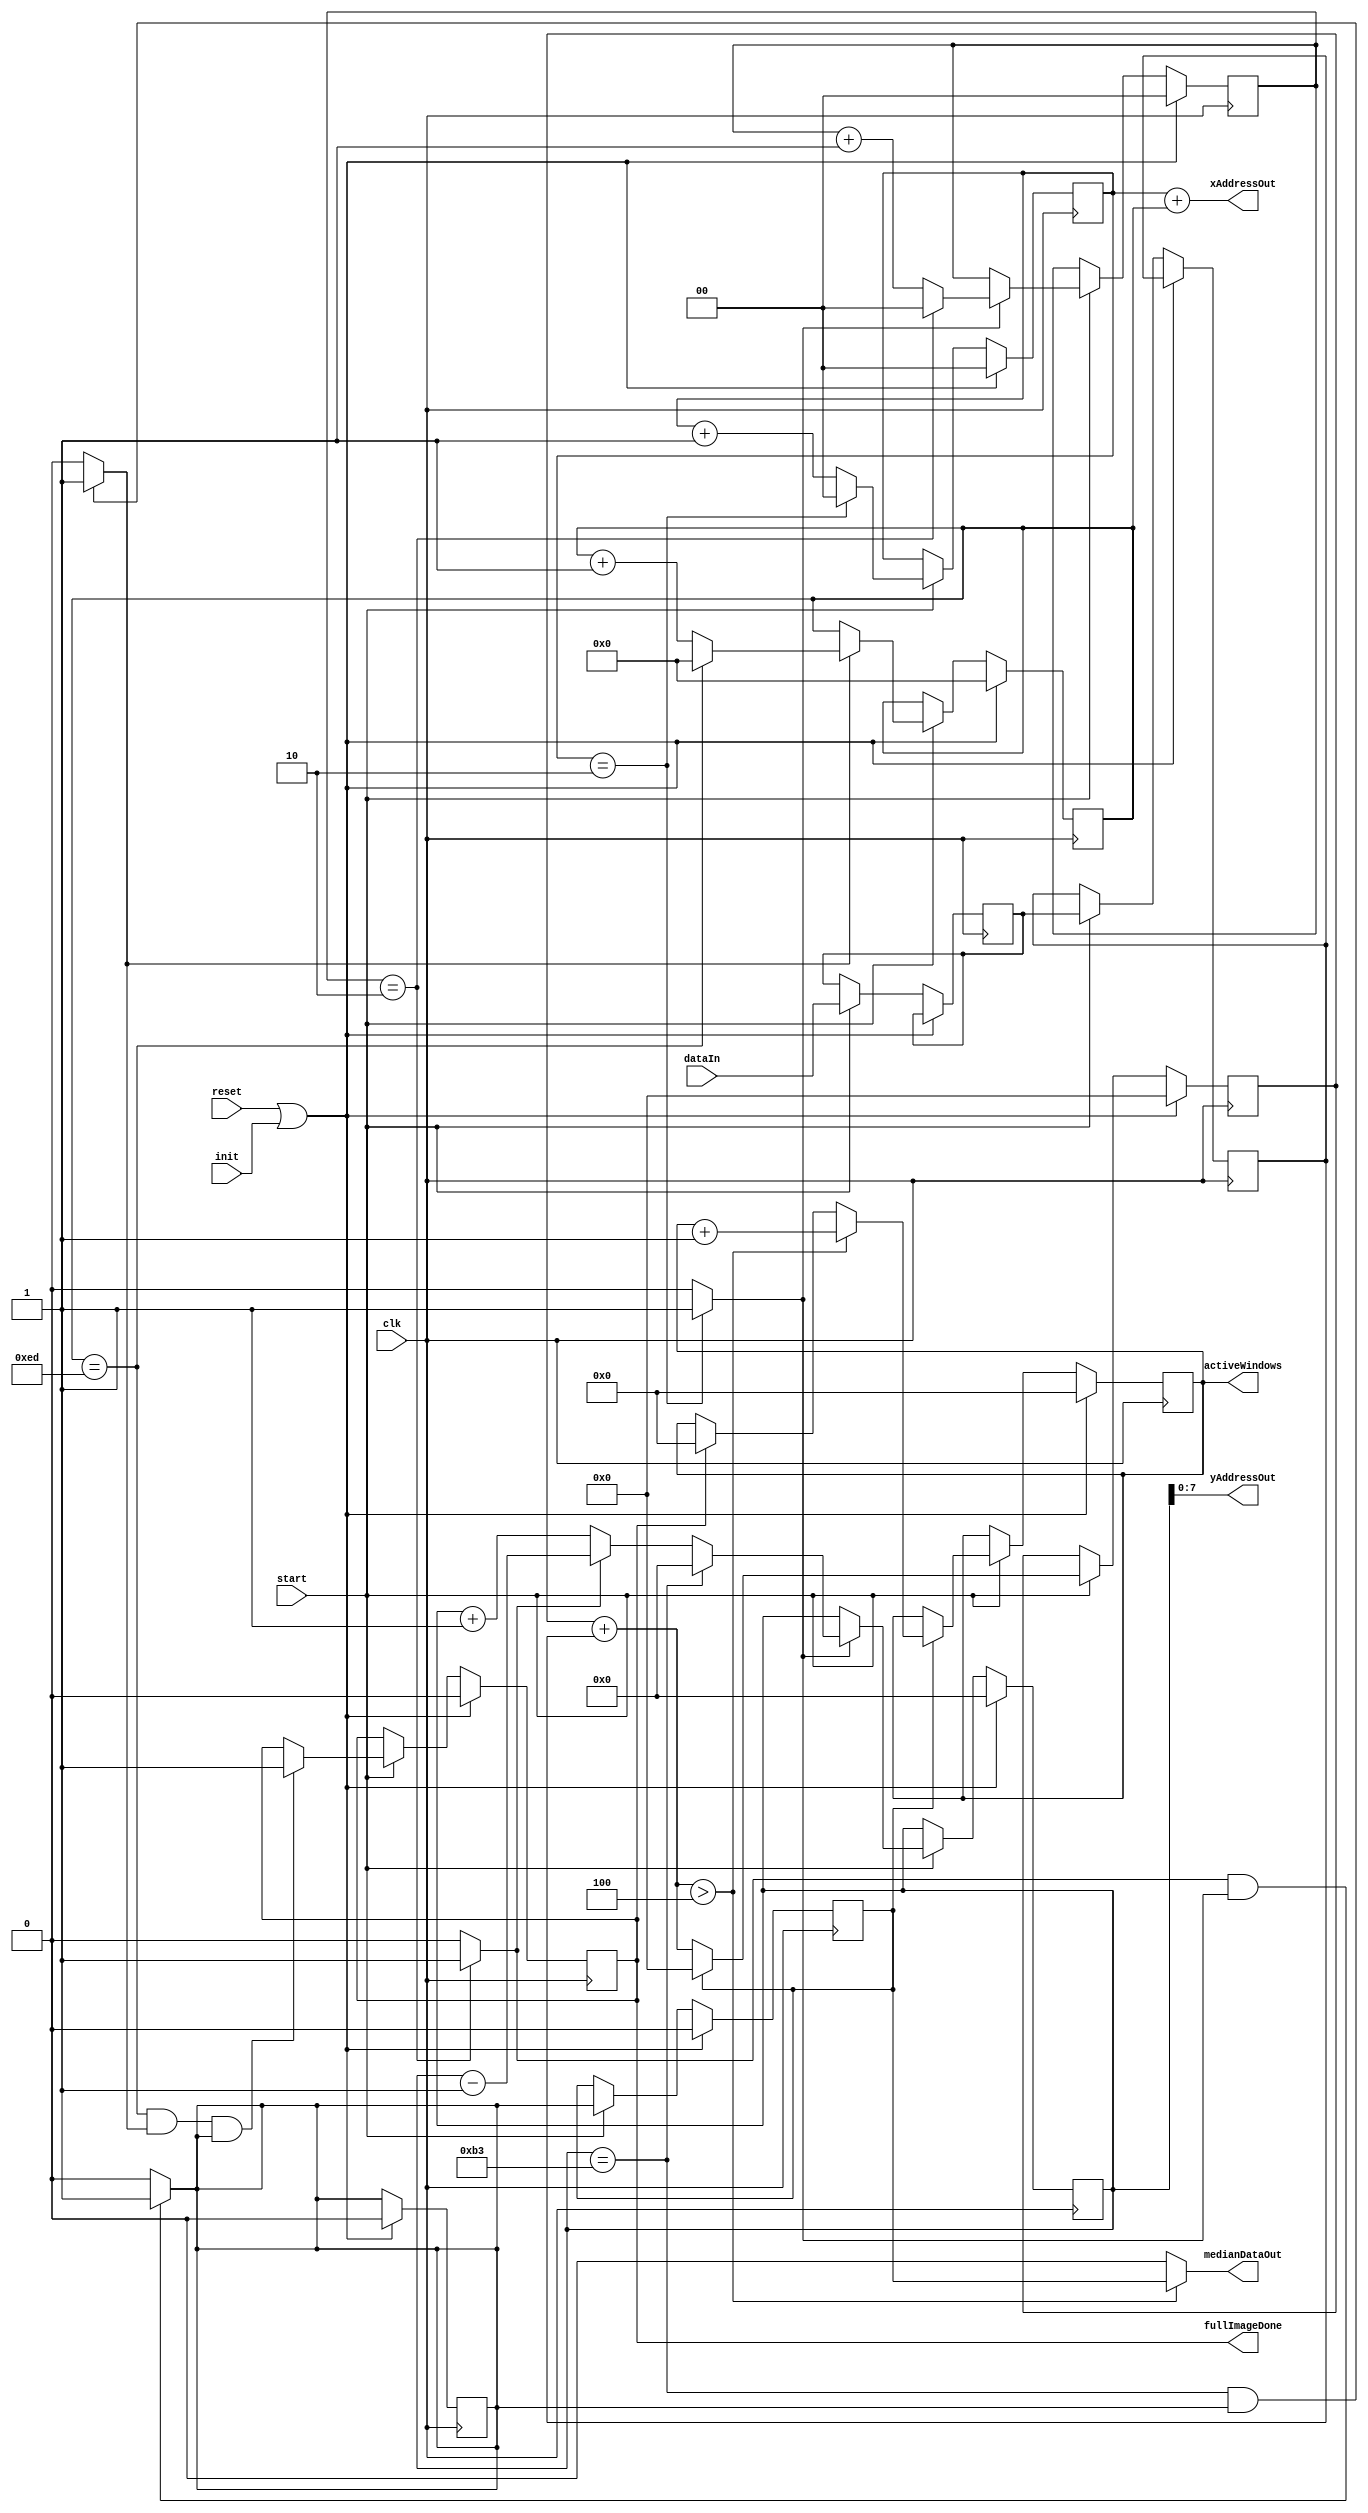
///////////////////////////////////////////////////////////////////////////////////////////////////
// Company: <Name>
//
// File history:
//      <Revision number>: <Date>: <Comments>
//      <Revision number>: <Date>: <Comments>
//      <Revision number>: <Date>: <Comments>
//
// Description: 
//
// <Description here>
//
// Targeted device: <Family::IGLOO2> <Die::M2GL090T> <Package::484 FBGA>
//
/////////////////////////////////////////////////////////////////////////////////////////////////// 

//`timescale <time_units> / <precision>

module readImageV2( 
	input clk, 
	input reset, 
	input dataIn, 
	input start,
	input init,
	output reg [7:0] xAddressOut, 
	output reg [7:0] yAddressOut, 
	output reg [12:0] activeWindows,
	output reg fullImageDone, 
	output medianDataOut
	);
//output reg [15:0] addressOut;

//Parameters
localparam WINDOWSIZE = 3;
localparam WINDOWSTEP = 1;
localparam IMAGEWIDTH = 240;
localparam IMAGEHEIGHT = 180;
localparam MEDIANVALUE = 4; // $floor(WINDOWSIZE*WINDOWSIZE/2);         
//<statements>

reg [15:0] rowOffset;
reg [1:0] windowColCount;
reg [1:0] windowRowCount;
reg [7:0] windowOffset;
reg [3:0] windowSum;
reg dataInSync1, dataInSync2;

wire [3:0] windowSumWire;

//status registers
reg windowColDone, windowRowDone, windowDone, imageRowDone, windowDoneReg;

assign windowSumWire = windowSum + dataInSync2;
assign medianDataOut = (windowSumWire > MEDIANVALUE)?windowDoneReg:1'b0;

initial begin
    windowColDone = 0;
    windowRowDone = 0;
    windowDone = 0;
    imageRowDone = 0;
    fullImageDone = 0;
    windowDoneReg = 0;
    rowOffset = 0;
    windowColCount = 0;
    windowRowCount = 0;
    windowOffset = 0;
    windowSum = 0;
end

always @ (posedge clk) begin
    if (reset || init) begin
        rowOffset <= 0;
        windowColCount <= 0;
        windowRowCount <= 0;
        windowOffset <= 0;
        windowSum <= 0;
        activeWindows <= 0;
		  windowDone <= 0;
        windowDoneReg <= 0;
		  fullImageDone <= 0;
    end
    else if (start) begin
		  //Register to determine that a single window computation is done
		  windowDoneReg <= windowDone;
		  dataInSync1 <= dataIn;
		  dataInSync2 <= dataInSync1;
		  
		  //Counter to count number of columns in a window of interest (max 3 for a 3x3 window)
        if (windowColCount == WINDOWSIZE - 1) begin
            windowColCount <= 0;
        end
        else begin 
            windowColCount <= (windowColCount + 1);                     
        end
    
		  if (windowColDone) begin
            if (rowOffset == IMAGEHEIGHT - 1) begin
                rowOffset <= 0;
            end
            else if (windowRowDone) begin
                rowOffset <= (rowOffset - 1);                             //If iteration through the (3) columns of window is done then move to the next row of image
            end
				else begin
					 rowOffset <= (rowOffset + 1);
				end
            
				//Counter to count number of rows in a window of interest (max 3 for a 3x3 window)
            if (windowRowCount == WINDOWSIZE - 1) begin
                windowRowCount <= 0;
            end
            else begin
                windowRowCount <= (windowRowCount + 1);                  
            end            
        end
        else begin
            rowOffset <= rowOffset;
            windowOffset <= windowOffset;
        end

        if (imageRowDone) begin
            if (windowOffset == IMAGEWIDTH - WINDOWSIZE) begin
                windowOffset <= 0;
            end
            else begin
                windowOffset <= (windowOffset + WINDOWSTEP);       //windowOffset increases by 3 to move to the next window if window computation for all rows are done
            end
        end
        else begin
            windowOffset <= windowOffset;
        end

        if (windowOffset == (IMAGEWIDTH - WINDOWSIZE) && imageRowDone && windowDone) begin    //Median filter for the whole image is done
            fullImageDone <= 1;
        end
        else begin
            fullImageDone <= fullImageDone;;
        end

        //Logic to count the number of active windows
        if (windowDoneReg) begin
            windowSum <= 0;
            if (windowSumWire > MEDIANVALUE) begin                                //WindowSumWire counts the number of active pixels in a window
                activeWindows <= activeWindows + 1;                     //TODO: parameterize the threshold for active pixels
            end
            else if (fullImageDone) begin
                activeWindows <= 0;
            end
            else begin
                activeWindows <= activeWindows;
            end
        end
        else begin
            windowSum <= windowSumWire;
        end

    end
    else begin
		  windowSum <= windowSum;
        rowOffset <= rowOffset;
        windowColCount <= windowColCount;
        windowRowCount <= windowRowCount;
        windowOffset <= windowOffset;
        activeWindows <= activeWindows;
        windowDoneReg <= windowDoneReg;
		  fullImageDone <= fullImageDone;
    end
end

//Combo logic to update status registers
always @ (*) begin
    xAddressOut = windowColCount + windowOffset;
    yAddressOut = rowOffset;

    if (windowColCount == (WINDOWSIZE-1)) begin
        windowColDone = 1;
    end
    else begin
        windowColDone = 0;
    end
    
    if (windowRowCount == (WINDOWSIZE-1)) begin
        windowRowDone = 1;
    end
    else begin
        windowRowDone = 0;
    end
    
    if (windowRowDone && windowColDone) begin
        windowDone = 1;
    end
    else begin
        windowDone = 0;
    end

    if (rowOffset == (IMAGEHEIGHT-1) && windowDone) begin
        imageRowDone = 1;
    end
    else begin
        imageRowDone = 0;
    end       
end

endmodule